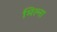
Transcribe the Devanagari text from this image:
मिल्ना